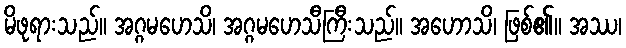
မိဖုရားသည်။ အဂ္ဂမဟေသိ၊ အဂ္ဂမဟေသီကြီးသည်။ အဟောသိ၊ ဖြစ်၏။ အဿ၊